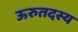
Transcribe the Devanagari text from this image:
ऊरुतदस्य